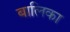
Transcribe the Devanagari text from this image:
बालिका